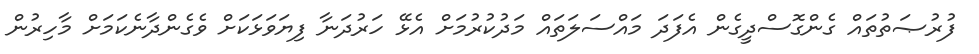
ފުރުޞަތުތައް ގެންގޮސްދީގެން އެފަދަ މައްސަލަތައް މަދުކުރުމަށް އެޅޭ ހަރުދަނާ ފިޔަވަޅަކަށް ވެގެންދާނެކަމަށް މާހިރުން